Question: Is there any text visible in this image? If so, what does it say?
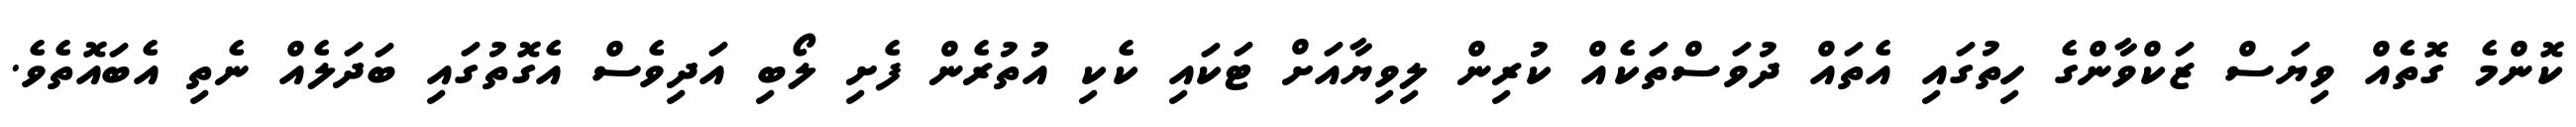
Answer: ކޮންމެ ގޮތެއް ވިޔަސް ޒަކްވާންގެ ހިތުގައި އެތައް ދުވަސްތަކެއް ކުރިން ލިވިޔާއަށް ޓަކައި ކެކި އުތުރެން ފެށި ލޯބި އަދިވެސް އެގޮތުގައި ބަދަލެއް ނެތި އެބައޮތެވެ.